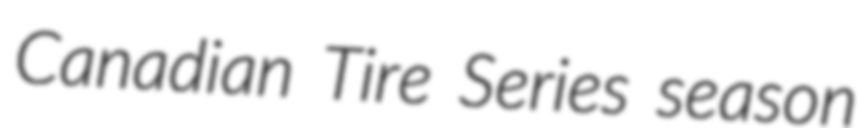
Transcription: Canadian Tire Series season